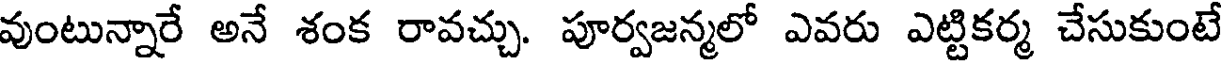
వుంటున్నారే అనే శంక రావచ్చు. పూర్వజన్మలో ఎవరు ఎట్టికర్మ చేసుకుంటే